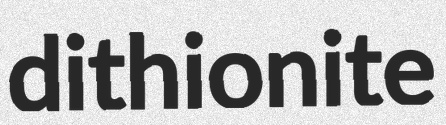
dithionite